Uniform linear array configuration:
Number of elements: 48
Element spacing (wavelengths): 1
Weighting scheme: exponential
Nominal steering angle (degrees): -30
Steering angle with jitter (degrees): -28.484
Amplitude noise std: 0.05
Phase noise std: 0.05

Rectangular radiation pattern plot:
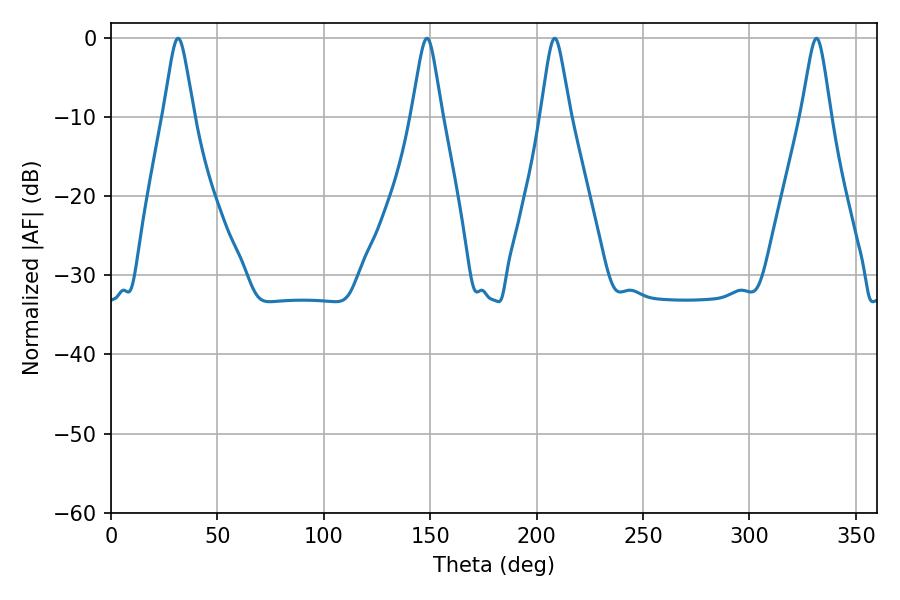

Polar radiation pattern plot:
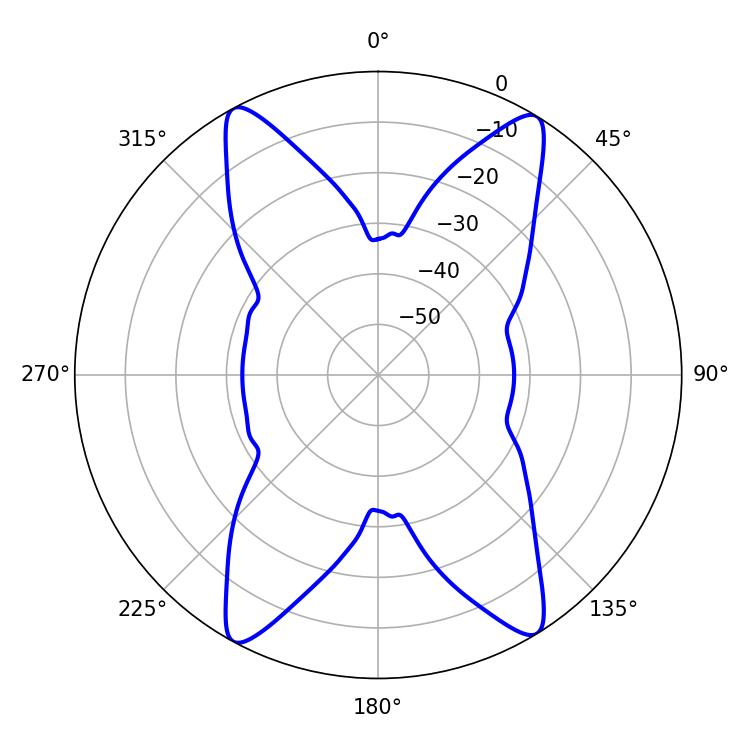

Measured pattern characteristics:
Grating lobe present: TRUE
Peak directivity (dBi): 20.601
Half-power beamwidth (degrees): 6.66
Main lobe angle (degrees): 31.5